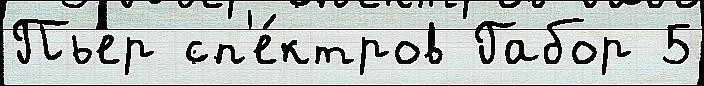
Пьер сп'е́ктров Габор 5